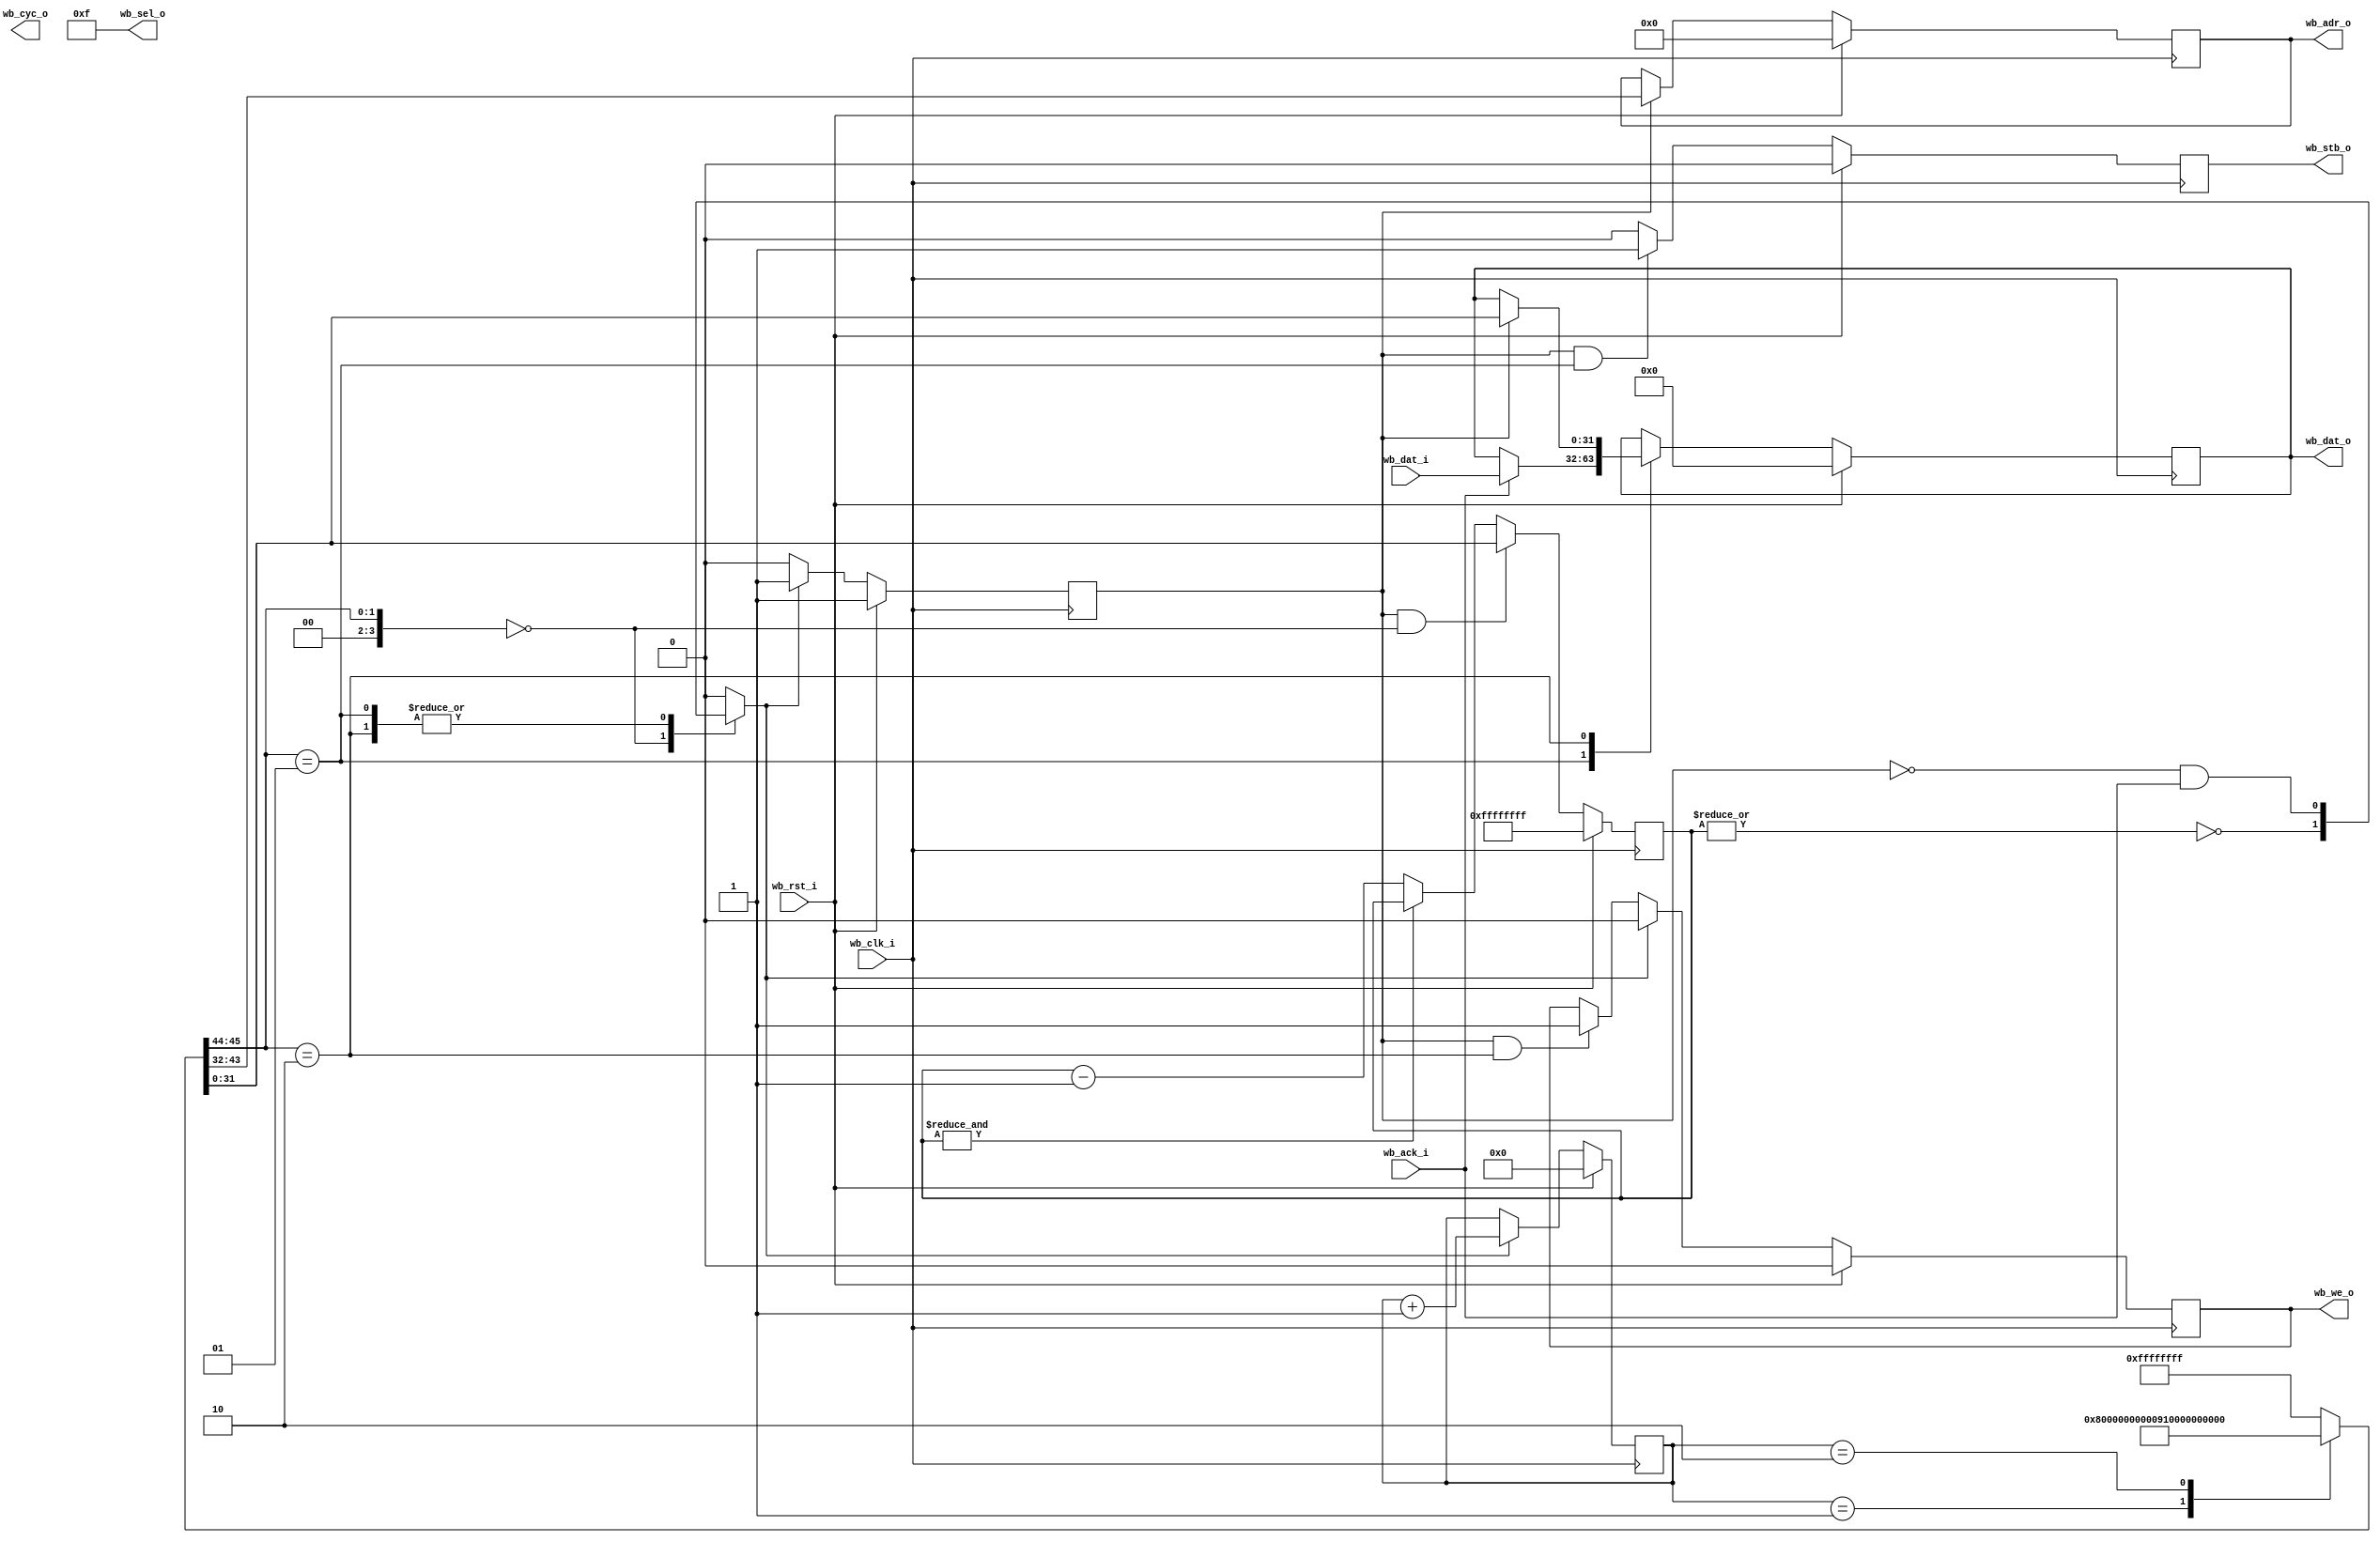
//------------------------------------------------------------------------------
// wb_ctrl.v
//------------------------------------------------------------------------------

module wb_ctrl(
	// wishbone master
	input           wb_rst_i,
	input           wb_clk_i,
	output  [11:0]  wb_adr_o,
	input   [31:0]  wb_dat_i,
	output  [31:0]  wb_dat_o,
	output          wb_we_o,
	output  [3:0]   wb_sel_o,
	output          wb_stb_o,
	input           wb_ack_i,
	output          wb_cyc_o
);

	//  4bit  12bit      32bit
	// {inst,  addr, immidiate}
	parameter INST_WAIT       = 4'd0;
	parameter INST_READ       = 4'd1;
	parameter INST_WRITE_IMD  = 4'd2;
	parameter WAIT_INFTY = 32'hFFFF_FFFF;

	wire    [47:0]  curr_inst;
	wire    [3:0]   curr_inst_type;
	wire    [11:0]  curr_inst_addr;
	wire    [31:0]  curr_inst_value;
	wire            end_curr_inst;

	reg     [7:0]   prog_count_r;

	reg             start_curr_inst_r;

	reg     [31:0]  wait_count_r;

	reg     [11:0]  address_r;
	reg     [31:0]  data_r;
	reg             we_r;
	reg             stb_r;
	reg             cyc_r;

	// output port connection
	assign wb_adr_o = address_r;
	assign wb_dat_o = data_r;
	assign wb_sel_o = 4'b1111;
	assign wb_we_o  = we_r;
	assign wb_stb_o = stb_r;
	assign wb_cyc_o = cyc_r;

	// instruction memory
	function [47:0] inst_mem_f;
		input [7:0] prog_count_arg;
		case (prog_count_r)
			8'd0    : inst_mem_f = {      INST_WAIT, 12'h000,    WAIT_INFTY};
			8'd1    : inst_mem_f = { INST_WRITE_IMD, 12'h000, 32'h0000_0002};
			8'd2    : inst_mem_f = {      INST_READ, 12'h100,         32'b0};
			default : inst_mem_f = {      INST_WAIT, 12'h000,    WAIT_INFTY};
		endcase
	endfunction

	// indicator of current instruction
	assign curr_inst       = inst_mem_f(prog_count_r);
	assign curr_inst_type  = curr_inst[47:44];
	assign curr_inst_addr  = curr_inst[43:32];
	assign curr_inst_value = curr_inst[31:0];

	// end_curr_inst should be asserted if current instruction will be completed on this clock cycle
	function end_curr_inst_f;
		input  [3:0] curr_inst_type_arg;
		input        start_curr_inst_arg;
		input [31:0] wait_count_arg;
		input        wb_ack_i_arg;
		case (curr_inst_type_arg)
			INST_WAIT       : end_curr_inst_f = ((|wait_count_arg) == 1'b0);
			INST_READ       : end_curr_inst_f = ~start_curr_inst_arg & wb_ack_i_arg;
			INST_WRITE_IMD  : end_curr_inst_f = ~start_curr_inst_arg & wb_ack_i_arg;
			default         : end_curr_inst_f = 1'b0;
		endcase
	endfunction
	assign end_curr_inst = end_curr_inst_f(curr_inst_type, start_curr_inst_r, wait_count_r, wb_ack_i);

	// program counter
	always @ (posedge wb_clk_i) begin
		if (wb_rst_i) begin
			prog_count_r <= 8'd0;
		end else if (end_curr_inst == 1'b1) begin
			prog_count_r <= prog_count_r + 8'd1;
		end else begin
			prog_count_r <= prog_count_r;
		end
	end

	// instruction start flag asserted just first 1 cycle of executing current instruction
	always @ (posedge wb_clk_i) begin
		if (wb_rst_i) begin
			start_curr_inst_r <= 1'b1;
		end else if (end_curr_inst == 1'b1) begin
			start_curr_inst_r <= 1'b1;
		end else begin
			start_curr_inst_r <= 1'b0;
		end
	end
	
	// instruction start flag drives loading address
	always @ (posedge wb_clk_i) begin
		if (wb_rst_i) begin
			address_r <= 12'd0;
		end else if (start_curr_inst_r == 1'b1) begin
			address_r <= curr_inst_addr;
		end else begin
			address_r <= address_r;
		end
	end

	// data register
	function [31:0] data_f;
		input [3:0]  curr_inst_type_arg;
		input [31:0] curr_data_arg;
		input [31:0] curr_inst_value_arg;
		input [31:0] wb_dat_i_arg;
		input        wb_ack_i_arg;
		input        start_curr_inst_arg;
		case (curr_inst_type_arg)
			INST_READ : begin
				if (wb_ack_i_arg) begin
					data_f = wb_dat_i_arg;
				end else begin
					data_f = curr_data_arg;
				end
			end
			INST_WRITE_IMD : begin
				if (start_curr_inst_arg) begin
					data_f = curr_inst_value_arg;
				end else begin
					data_f = curr_data_arg;
				end
			end
			default : begin
				data_f = curr_data_arg;
			end
		endcase
	endfunction
	always @ (posedge wb_clk_i) begin
		if (wb_rst_i) begin
			data_r <= 32'd0;
		end else begin
			data_r <= data_f(curr_inst_type,
			                 data_r,
			                 curr_inst_value,
			                 wb_dat_i,
			                 wb_ack_i,
			                 start_curr_inst_r);
		end
	end

	// control for read enable flag
	always @ (posedge wb_clk_i) begin
		if (wb_rst_i) begin
			stb_r <= 1'b0;
		end else if (start_curr_inst_r && curr_inst_type == INST_READ) begin
			stb_r <= 1'b1;
		end else begin
			stb_r <= 1'b0;
		end
	end

	// control for write enable flag
	always @ (posedge wb_clk_i) begin
		if (wb_rst_i) begin
			we_r <= 1'b0;
		end else if (end_curr_inst) begin
			we_r <= 1'b0;
		end else if (start_curr_inst_r && curr_inst_type == INST_WRITE_IMD) begin
			we_r <= 1'b1;
		end else begin
			we_r <= we_r;
		end
	end

	// counter for waiting cycles left
	always @ (posedge wb_clk_i) begin
		if (wb_rst_i) begin
			wait_count_r <= WAIT_INFTY;
		end else if (start_curr_inst_r == 1'b1 && curr_inst_type == INST_WAIT) begin
			wait_count_r <= curr_inst_value;
		end else if ((&wait_count_r) == 1'b1) begin
			wait_count_r <= wait_count_r;
		end else begin
			wait_count_r <= wait_count_r - 32'd1;
		end
	end
endmodule